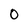
Character: 0